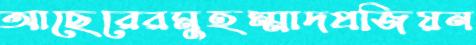
আছেরেরমুহম্মাদপ্রজিয়ন